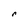
Character: r